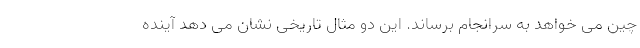
چین می خواهد به سرانجام برساند. این دو مثال تاریخی نشان می دهد آینده